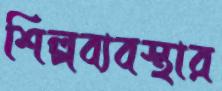
শিল্পব্যবস্থার